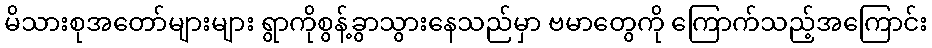
မိသားစုအတော်များများ ရွာကိုစွန့်ခွာသွားနေသည်မှာ ဗမာတွေကို ကြောက်သည့်အကြောင်း